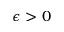
\epsilon > 0